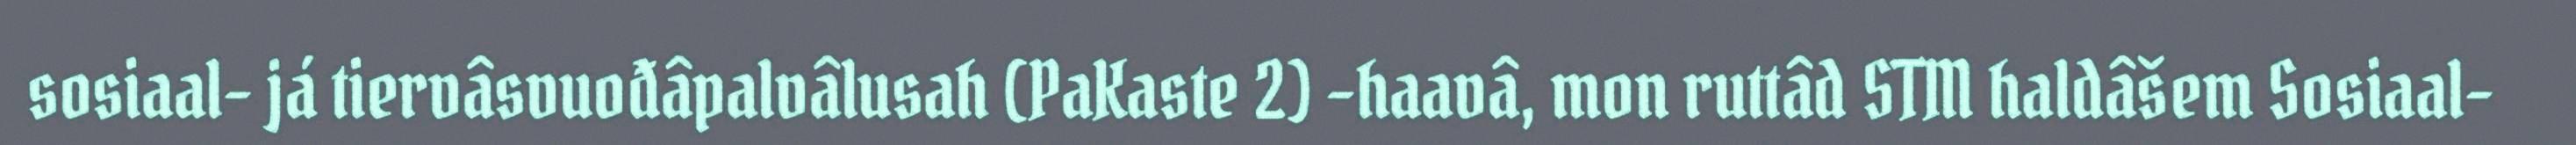
sosiaal- já tiervâsvuođâpalvâlusah (PaKaste 2) –haavâ, mon ruttâd STM haldâšem Sosiaal-